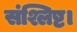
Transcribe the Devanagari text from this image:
संश्लिष्ट।